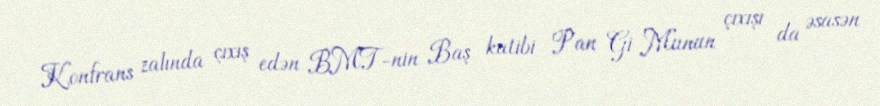
Konfrans zalında çıxış edən BMT-nin Baş katibi Pan Gi Munun çıxışı da əsasən